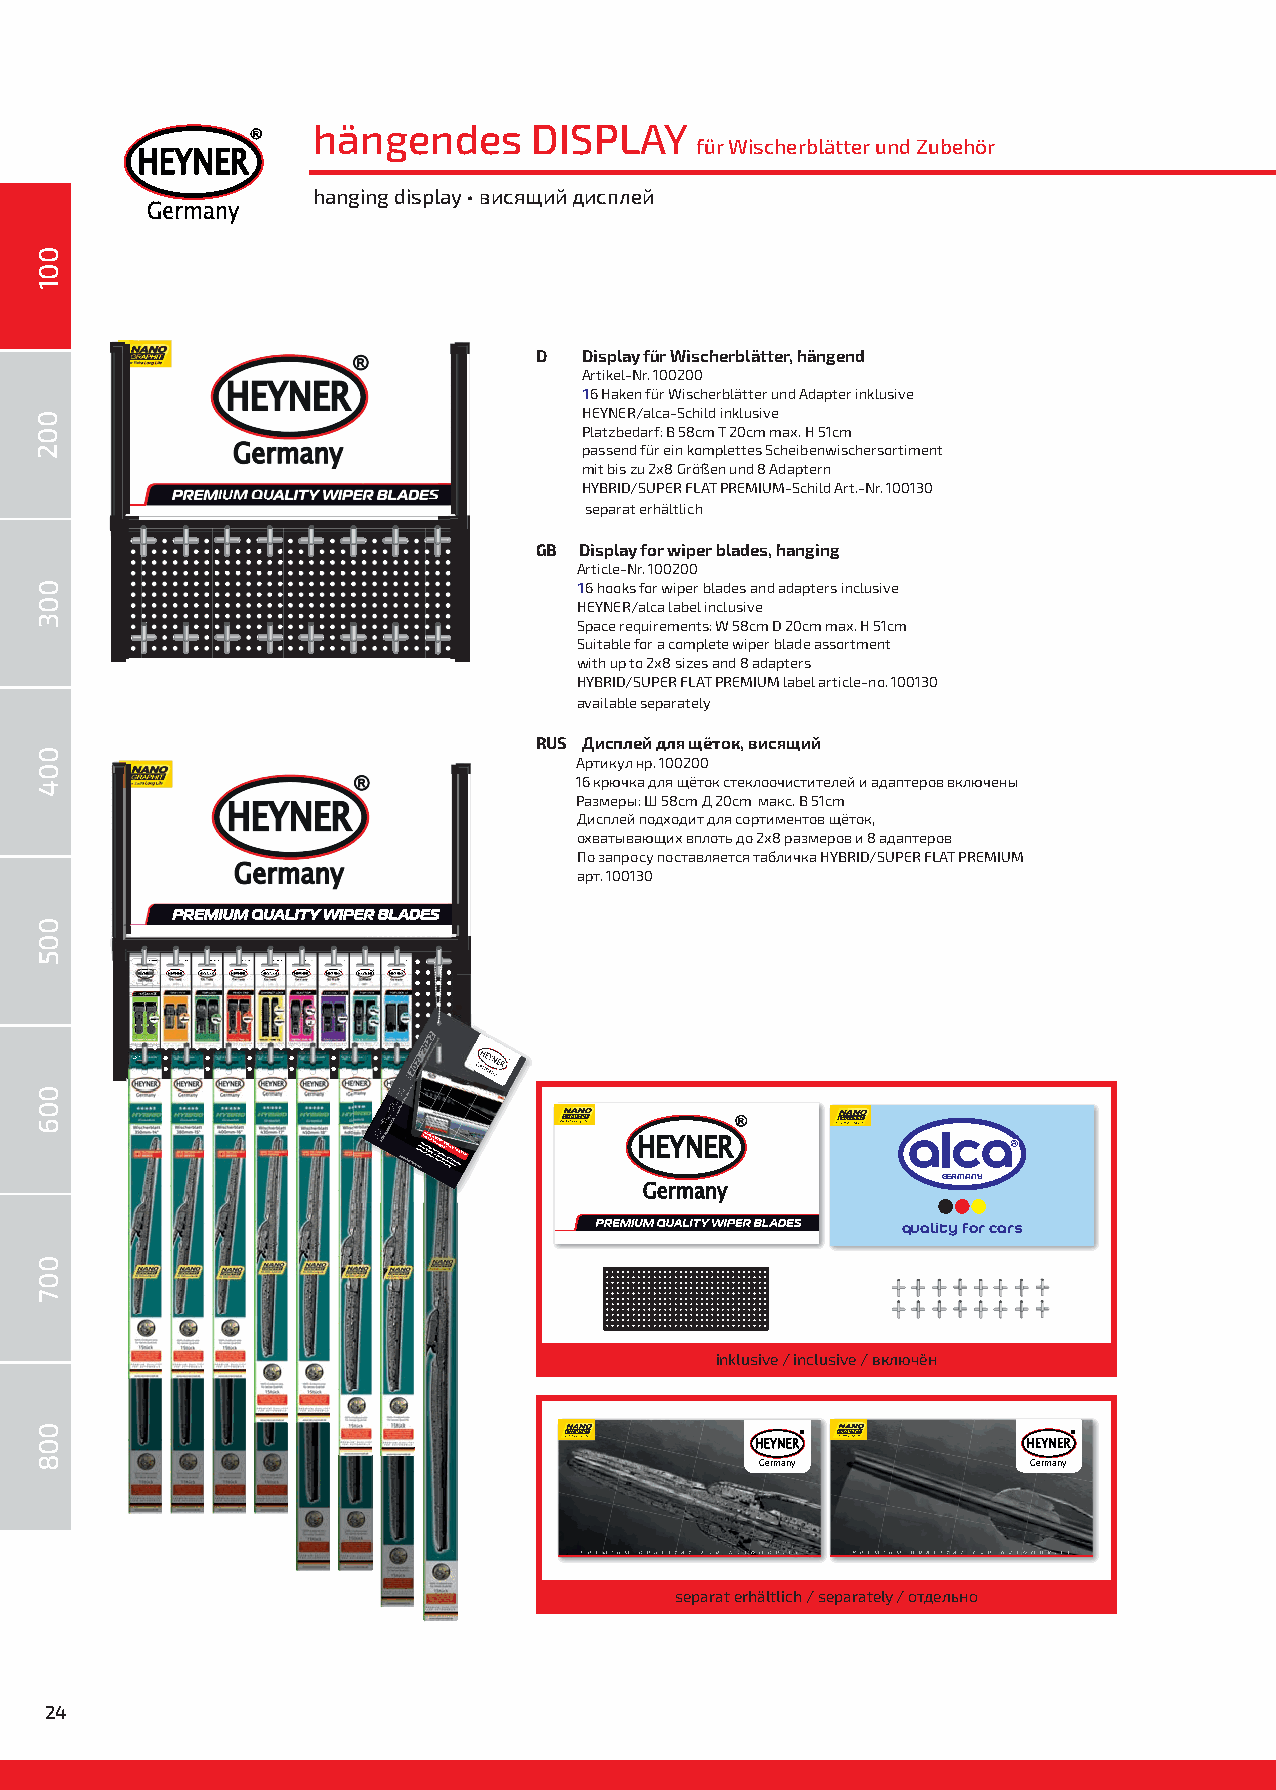
®   hängendes     DISPLAY
 für Wischerblätter und Zubehör
 HEYNER
 hanging display • висящий дисплей
 Germany
 D   Display für Wischerblätter, hängend
 Artikel-Nr. 100200
 16 Haken für Wischerblätter und Adapter inklusive
 HEYNER/alca-Schild inklusive
 Platzbedarf: B 58cm T 20cm max. H 51cm
 passend für ein komplettes Scheibenwischersortiment
 mit bis zu 2x8 Größen und 8 Adaptern
 HYBRID/SUPER FLAT PREMIUM-Schild Art.-Nr. 100130
 separat erhältlich
 GB Display for wiper blades, hanging
 Article-Nr. 100200
 16 hooks for wiper blades and adapters inclusive
 HEYNER/alca label inclusive
 Space requirements: W 58cm D 20cm max. H 51cm
 Suitable for a complete wiper blade assortment
 with up to 2x8 sizes and 8 adapters
 HYBRID/SUPER FLAT PREMIUM label article-no. 100130
 available separately
 RUS Дисплей для щёток, висящий
 Артикул нр. 100200
 16 крючка для щёток стеклоочистителей и адаптеров включены
 Размеры: Ш 58cm Д 20cm макс. В 51cm
 Дисплей подходит для сортиментов щёток,
 охватывающих вплоть до 2x8 размеров и 8 адаптеров
 По запросу поставляется табличка HYBRID/SUPER FLAT PREMIUM
 арт. 100130
 GeH rmEY anN yER®
 FÜR
 FAHRZEUGE •
 spec wific wati won
 .
 hfo er yca nrs e•
 r.cП oрT mоhS сec т heТ e оaА iA йsbК y U e с Ж пnwC оwH aЕ сiy о sOН бtcoN hА н efi L аС rnI й А fiN dтnЙ E aиd!Т we щFЕ niI ёp! N - тe gD rкa b уnO l.zaN de eiW n. fE acB hS .ITE!
 GERMANY
 quality for cars
 inklusive / inclusive / включён
 ®                 ®
 HEYNER            HEYNER
 Germany           Germany
 separat erhältlich / separately / отдельно
 24
 001
 002
 003
 004
 005
 006
 007
 008